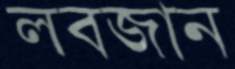
লবজান